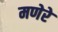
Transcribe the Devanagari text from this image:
मणेरे